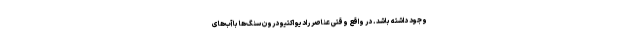
وجود داشته باشد. در واقع وقتی عناصر رادیو اکتیو درون سنگ‌ها با آب‌های